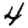
Digit: 4